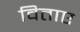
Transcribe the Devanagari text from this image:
विताए